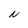
Character: N